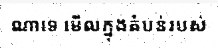
ណាទេ មើលក្នុងតំបន់របស់